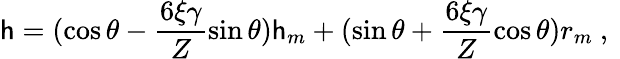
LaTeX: \mathsf{h}=(\cos\theta-\frac{{6\xi\gamma}}{{Z}}\sin\theta)\mathsf{h}_{m}+(\sin\theta+\frac{{6\xi\gamma}}{{Z}}\cos\theta)r_{m}\mathrm{{~,~}}